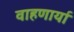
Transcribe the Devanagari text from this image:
वाहणार्या